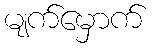
မျက်မှောက်